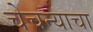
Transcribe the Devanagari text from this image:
चेचन्याचा